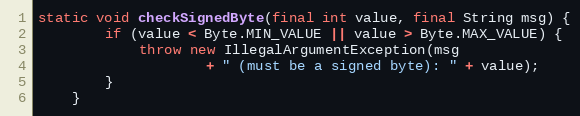
Language: Java
static void checkSignedByte(final int value, final String msg) {
        if (value < Byte.MIN_VALUE || value > Byte.MAX_VALUE) {
            throw new IllegalArgumentException(msg
                    + " (must be a signed byte): " + value);
        }
    }